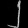
Digit: ၂